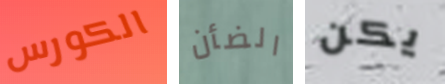
الكورس الضأن يكن